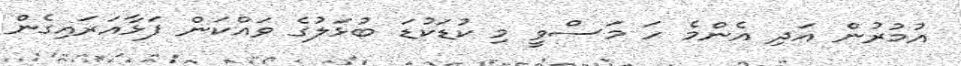
އުމުރުން އަދި އެންމެ ހަ މަސްވީ މި ކުޑަކުޑަ ބުޅަލުގެ ވައްކަން ފަޅާއަރައިގެން